Papers set at the Examination for Leaving Certificates, 1893
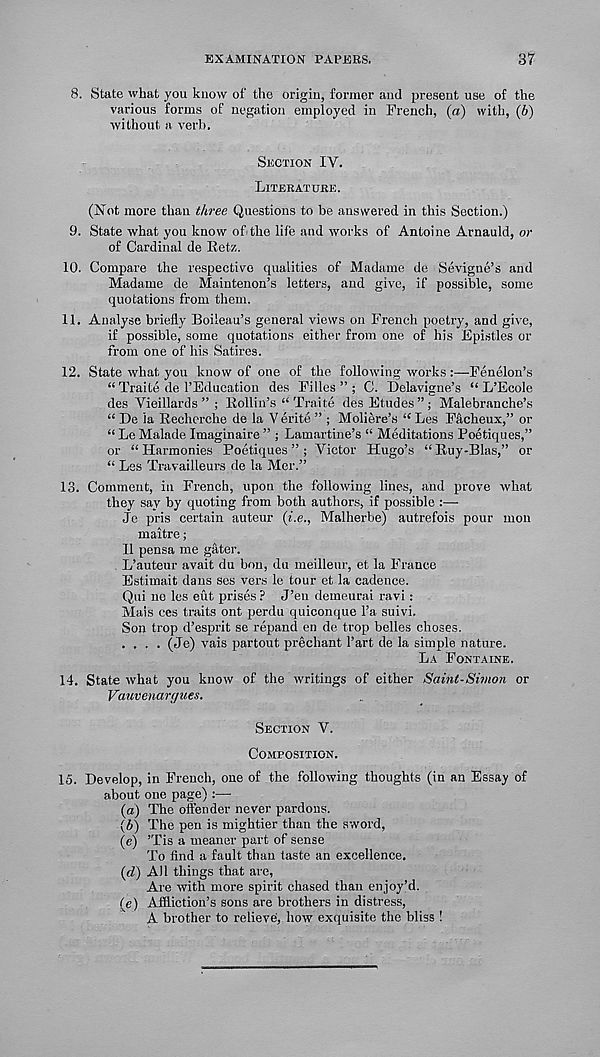
EXAMINATION PAPERS.
37
8. State what you know of the origin, former and present use of the
various forms of negation employed in French, (a) with, (b)
without a verb.
Section IV.
Literature.
(Not more than three Questions to be answered in this Section.)
9. State what you know of the life and works of Antoine Arnauld, or
of Cardinal de Ret/,.
10. Compare the respective qualities of Madame de Sevigne’s and
Madame de Maintenon’s letters, and give, if possible, some
quotations from them.
11. Analyse briefly Soileau’s general views on French poetry, and give,
if possible, some quotations either from one of his Epistles or
from one of his Satires.
12. State what you know of one of the following works :—Fenelon’s
“ Traite de 1’Education des Filles ” ; C. Delavigne’s “ L’Ecole
des Vieillards ” ; Rollin’s “ Traite des Etudes”; Malebranche’s
“ De la Recherche de la V erite ” ; Moliere’s “ Les Facheux,” or
“ Le Malade Imaginaire ” ; Lamartine’s “ Meditations Poetiques,”
or “ Harmonies Poetiques ” ; Victor Hugo’s “ Ruy-Blas,” or
“ Les Travailleurs de la Mer.”
13. Comment, in French, upon the following lines, and prove what
they say by quoting from both authors, if possible :—
Je pris certain auteur {i.e., Malherbe) autrefois pour mon
maitre;
II pensa me gater.
L’auteur avait du bon, du meilleur, et la France
Estimait dans ses vers le tour et la cadence.
Qui no les eut prises ? J’eu demeurai ravi:
Mais ces traits ont perdu quiconque 1’a suivi.
Son trop d’esprit se repand en de trop belles choses.
.... (Je) vais partout prechant I’art de la simple nature.
La Fontaine.
14. State what you know of the writings of either Saint-Simon or
Vauvenarc/ues.
Section V.
Composition.
15. Develop, in French, one of the following thoughts (in an Essay of
about one page) :—
(а) The offender never pardons.
(б) The pen is mightier than the sword,
(e) ’Tis a meaner part of sense
To find a fault than taste an excellence.
(d) AH things that are,
Are with more spirit chased than enjoy’d.
(e) Affliction’s sons are brothers in distress,
A brother to relieve, how exquisite the bliss !